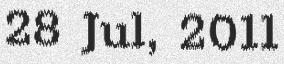
28 Jul, 2011